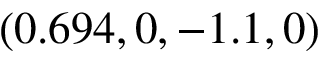
( 0 . 6 9 4 , 0 , - 1 . 1 , 0 )